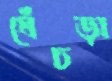
ঘেঁচড়া